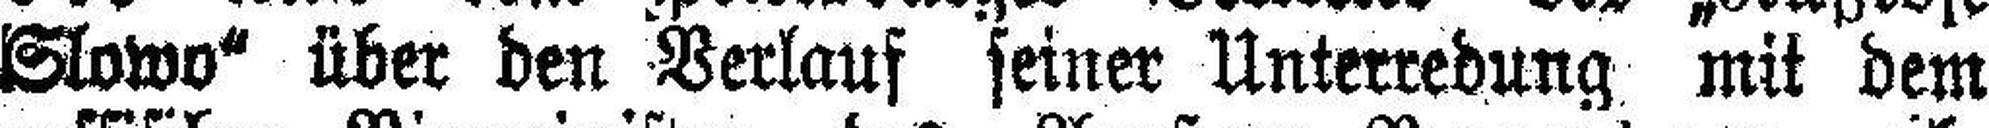
Slowo“ über den Verlauf seiner Unterredung mit dem